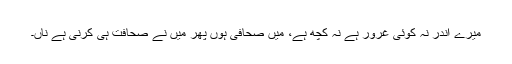
میرے اندر نہ کوئی غرور ہے نہ کچھ ہے، میں صحافی ہوں پھر میں نے صحافت ہی کرنی ہے ناں۔